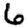
Digit: 6